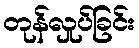
တုန်လှုပ်ခြင်း